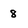
Character: 8